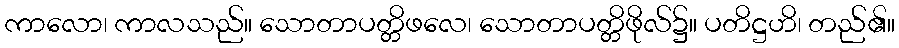
ကာလော၊ ကာလသည်။ သောတာပတ္တိဖလေ၊ သောတာပတ္တိဖိုလ်၌။ ပတိဋ္ဌဟိ၊ တည်၏။